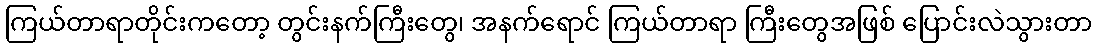
ကြယ်တာရာတိုင်းကတော့ တွင်းနက်ကြီးတွေ၊ အနက်ရောင် ကြယ်တာရာ ကြီးတွေအဖြစ် ပြောင်းလဲသွားတာ